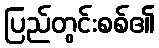
ပြည်တွင်းစစ်၏